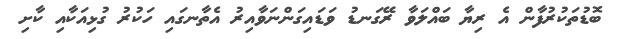
ބޮޑުތަކުރުފާން އެ ރިޔާ ބައްލަވާ ރޭގަނޑު ވަޑައިގަންނަވާއިރު އެތާނގައި ހަކުރު ގުޅިއަކާއި ކާށި